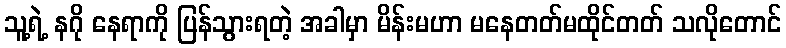
သူ့ရဲ့ နဂို နေရာကို ပြန်သွားရတဲ့ အခါမှာ မိန်းမဟာ မနေတတ်မထိုင်တတ် သလိုတောင်